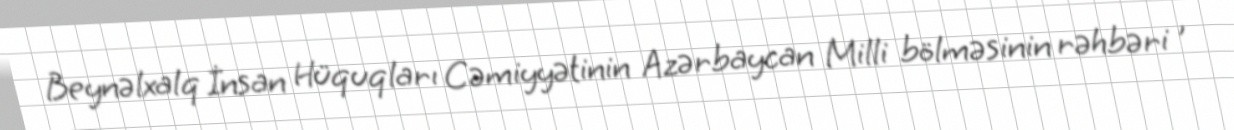
Beynəlxalq İnsan Hüquqları Cəmiyyətinin Azərbaycan Milli bölməsinin rəhbəri ,